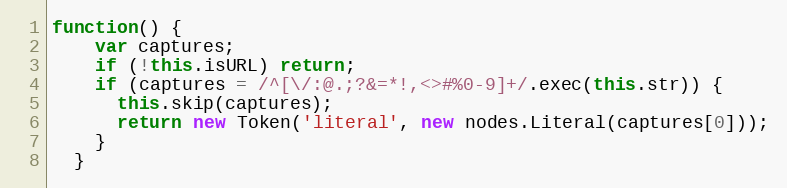
Language: JavaScript
function() {
    var captures;
    if (!this.isURL) return;
    if (captures = /^[\/:@.;?&=*!,<>#%0-9]+/.exec(this.str)) {
      this.skip(captures);
      return new Token('literal', new nodes.Literal(captures[0]));
    }
  }